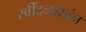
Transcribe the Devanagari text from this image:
रवींद्रनाथांन